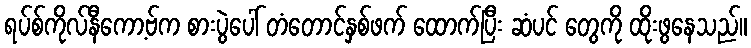
ရပ်စ်ကိုလ်နီကော့ဗ်က စားပွဲပေါ် တံတောင်နှစ်ဖက် ထောက်ပြီး ဆံပင် တွေကို ထိုးဖွနေသည်။